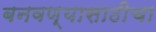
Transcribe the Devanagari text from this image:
बनवण्यासाठीचा